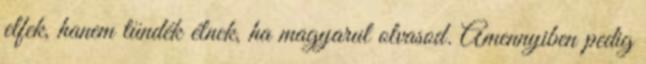
elfek, hanem tündék élnek, ha magyarul olvasod. Amennyiben pedig